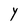
Character: Y